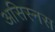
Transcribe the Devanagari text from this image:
असिस्नस